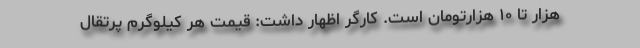
هزار تا ۱۰ هزارتومان است. کارگر اظهار داشت: قیمت هر کیلوگرم پرتقال